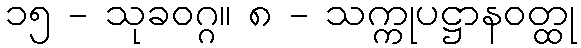
၁၅ - သုခဝဂ္ဂ။ ၈ - သက္ကုပဋ္ဌာနဝတ္ထု